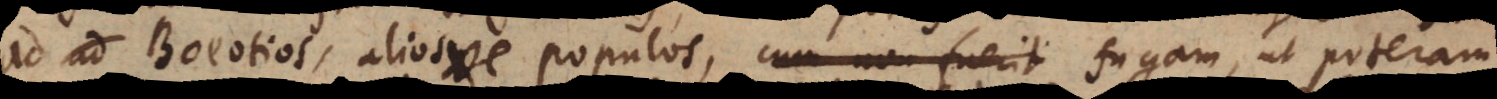
ad Boeotios, aliosve populos, cum non fuerit fugam, ut poteram,